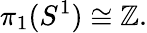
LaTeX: \pi_{1}(S^{1})\cong\mathbb{Z}.